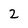
Character: 2